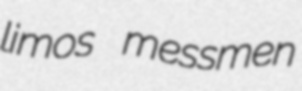
limos messmen